Insane asylums Bombay 1873-77 - 1873-1877
Year: 1873
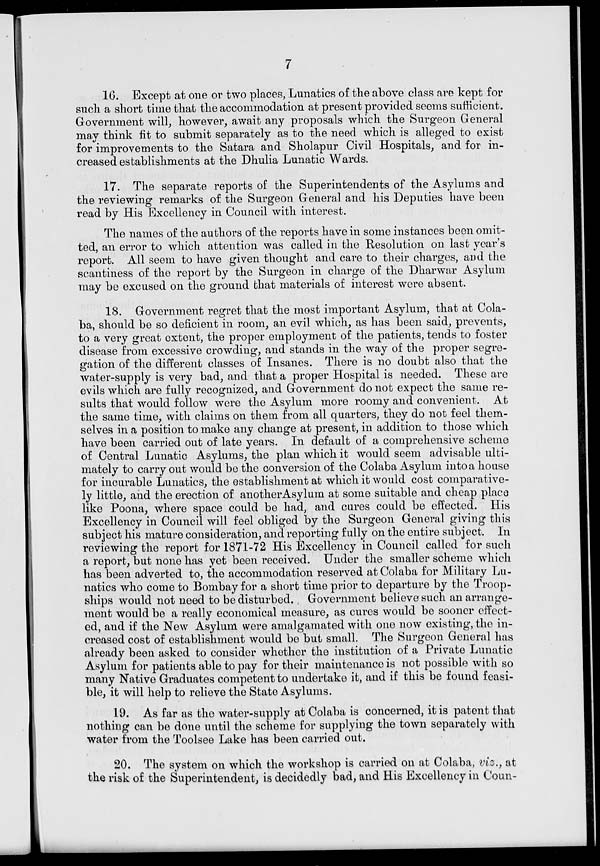
7
16. Except at one or two places, Lunatics of the above class are kept for
such a short time that the accommodation at present provided seems sufficient.
Government will, however, await any proposals which the Surgeon General
may think fit to submit separately as to the need which is alleged to exist
for improvements to the Satara and Sholapur Civil Hospitals, and for in-
creased establishments at the Dhulia Lunatic Wards.
17. The separate reports of the Superintendents of the Asylums and
the reviewing remarks of the Surgeon General and his Deputies have been
read by His Excellency in Council with interest.
The names of the authors of the reports have in some instances been omit-
ted, an error to which attention was called in the Resolution on last year's
report. All seem to have given thought and care to their charges, and the
scantiness of the report by the Surgeon in charge of the Dharwar Asylum
may be excused on the ground that materials of interest were absent.
18. Government regret that the most important Asylum, that at Cola-
ba, should be so deficient in room, an evil which, as has been said, prevents,
to a very great extent, the proper employment of the patients, tends to foster
disease from excessive crowding, and stands in the way of the proper segre-
gation of the different classes of Insanes. There is no doubt also that the
water-supply is very bad, and that a proper Hospital is needed. These are
evils which are fully recognized, and Government do not expect the same re-
sults that would follow were the Asylum more roomy and convenient. At
the same time, with claims on them from all quarters, they do not feel them-
selves in a position to make any change at present, in addition to those which
have been carried out of late years. In default of a comprehensive scheme
of Central Lunatic Asylums, the plan which it would seem advisable ulti-
mately to carry out would be the conversion of the Colaba Asylum into a house
for incurable Lunatics, the establishment at which it would cost comparative-
ly little, and the erection of another Asylum at some suitable and cheap place
like Poona, where space could be had, and cures could be effected. His
Excellency in Council will feel obliged by the Surgeon General giving this
subject his mature consideration, and reporting fully on the entire subject. In
reviewing the report for 1871-72 His Excellency in Council called for such
a report, but none has yet been received. Under the smaller scheme which
has been adverted to, the accommodation reserved at Colaba for Military Lu-
natics who come to Bombay for a short time prior to departure by the Troop-
ships would not need to be disturbed., Government believe such an arrange-
ment would be a really economical measure, as cures would be sooner effect-
ed, and if the New Asylum were amalgamated with one now existing, the in-
creased cost of establishment would be but small. The Surgeon General has
already been asked to consider whether the institution of a Private Lunatic
Asylum for patients able to pay for their maintenance is not possible with so
many Native Graduates competent to undertake it, and if this be found feasi-
ble, it will help to relieve the State Asylums.
19. As far as the water-supply at Colaba is concerned, it is patent that
nothing can be done until the scheme for supplying the town separately with
water from the Toolsee Lake has been carried out.
20. The system on which the workshop is carried on at Colaba, viz., at
the risk of the Superintendent, is decidedly bad, and His Excellency in Coun-